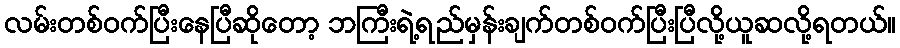
လမ်းတစ်ဝက်ပြီးနေပြီဆိုတော့ ဘကြီးရဲ့ရည်မှန်းချက်တစ်ဝက်ပြီးပြီလို့ယူဆလို့ရတယ်။